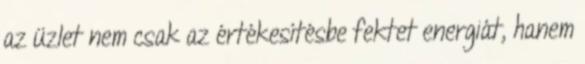
az üzlet nem csak az értékesítésbe fektet energiát, hanem